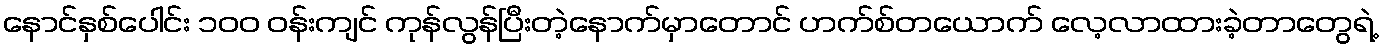
နောင်နှစ်ပေါင်း ၁၀၀ ဝန်းကျင် ကုန်လွန်ပြီးတဲ့နောက်မှာတောင် ဟက်စ်တယောက် လေ့လာထားခဲ့တာတွေရဲ့